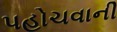
પહોચવાની